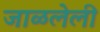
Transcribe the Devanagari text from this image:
जाळलेली